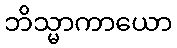
ဘိသ္မာကာယော